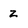
Character: z